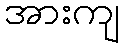
အားကျ